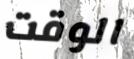
الوقت